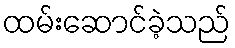
ထမ်းဆောင်ခဲ့သည်